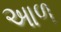
આળ